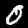
Digit: 0